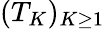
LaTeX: (T_{K})_{K\geq 1}